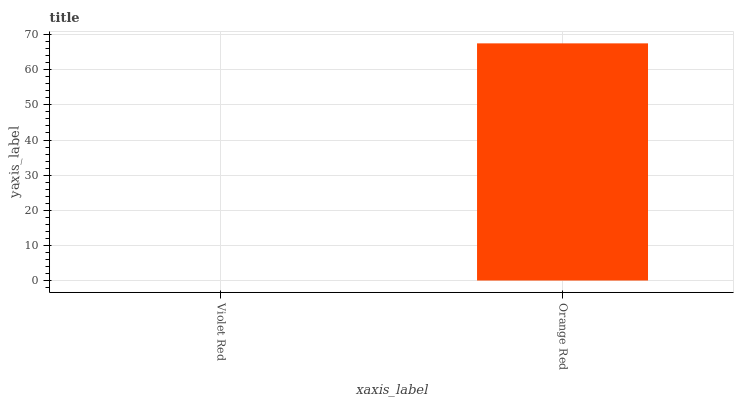
| xaxis_label | bars |
 | --- | --- |
 | Violet Red | 0 |
 | Orange Red | 67.5 |